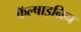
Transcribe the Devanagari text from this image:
कॅल्षाइन्रिन